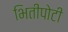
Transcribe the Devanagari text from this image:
भितीपोटी